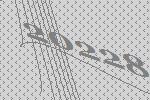
20228